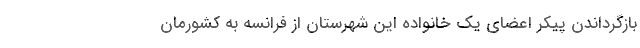
بازگرداندن پیکر اعضای یک خانواده این شهرستان از فرانسه به کشورمان